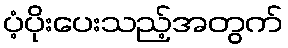
ပံ့ပိုးပေးသည့်အတွက်